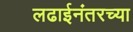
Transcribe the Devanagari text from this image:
लढाईनंतरच्या